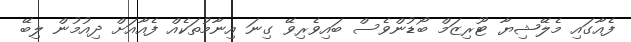
ފެއާގައި މެލޭޝިޔާ ޓޫރިޒަމް ބޯޑުންވެސް ބައިވެރިވޭ ގިނަ އިނާމުތަކެއް ފެއާއަށް ދިއުމުން ލިބޭ